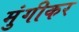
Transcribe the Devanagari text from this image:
मुंगीकर